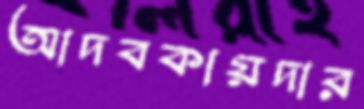
আদবকায়দার